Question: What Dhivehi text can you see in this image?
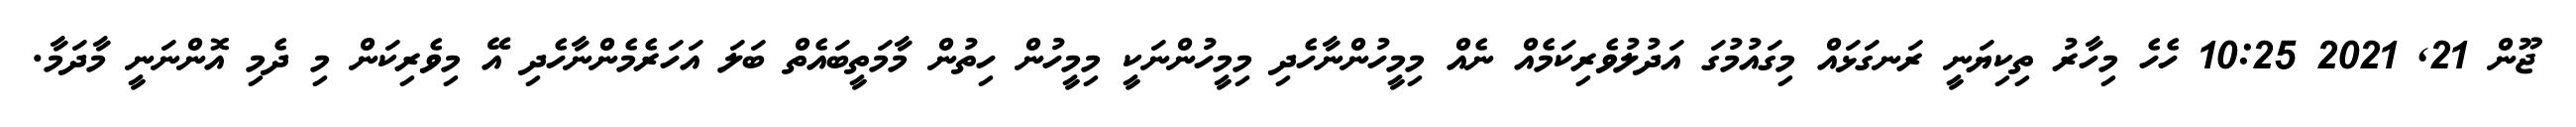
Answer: ޖޫން 21, 2021 10:25 ހެހެ މިހާރު ތިކިޔަނީ ރަނގަޅައް މިގައުމުގަ އަދުލުވެރިކަމެއް ނެއް މިމީހުންނާހެދި މިމީހުންނަކީ މިމީހުން ހިތުން މާމަތީބައެތް ބަލަ އަހަރެމެންނާހެދި އޭ މިވެރިކަން މި ދެމި އޮންނަނީ މާދަމާ.